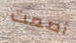
أصمت